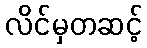
လိင်မှတဆင့်